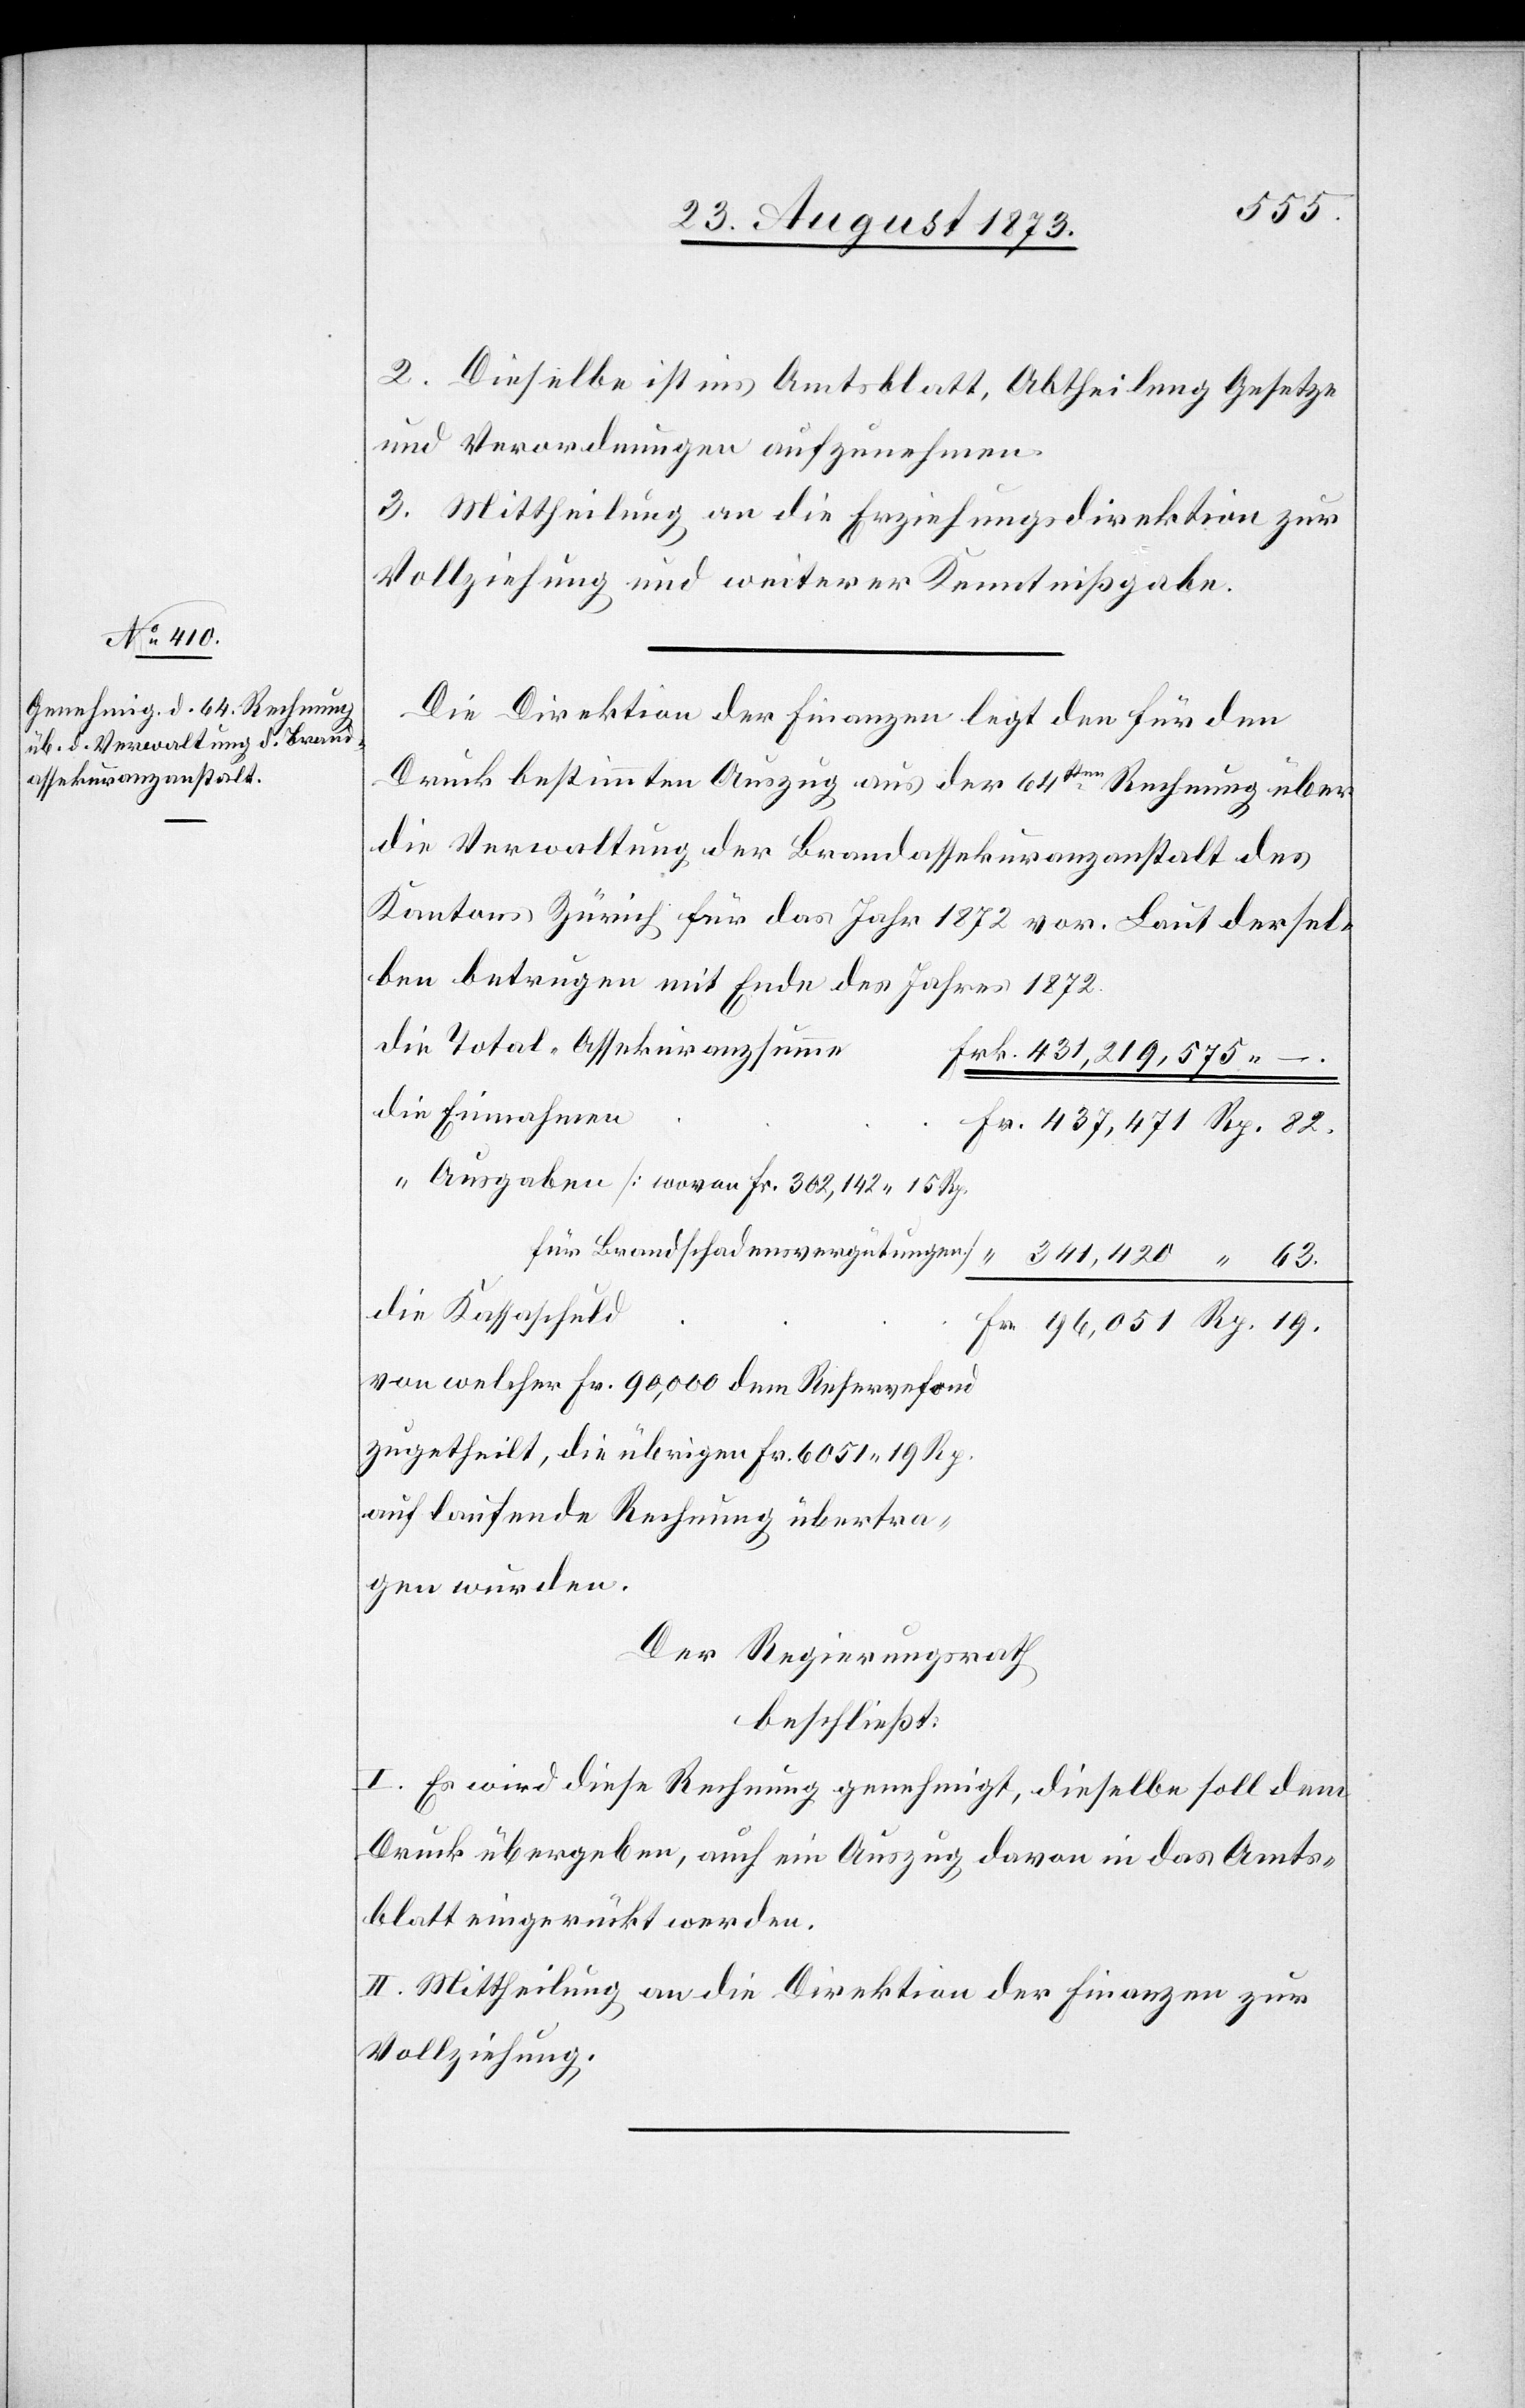
2. Dieselbe ist ins Amtsblatt, Abtheilung Gesetze
und Verordnungen aufzunehmen.
3. Mittheilung an die Erziehungsdirektion zur
Vollziehung und weiterer Kenntnißgabe.
Die Direktion der Finanzen legt den für den
Druck bestimmten Auszug aus der 64ten Rechnung über
die Verwaltung der Brandassekuranzanstalt des
Kantons Zürich für das Jahr 1872 vor. Laut dersel¬
ben betrugen mit Ende des Jahres 1872
die Total-Assekuranzsumme
431,219,575 –.
die Einnahmen
437,471 Rp. 82.
“ Ausgaben [wovon Fr. 302,142 15 Rp.
für Brandschadensvergütungen]
341,420 “ 63.
die Kassaschuld
96,051 Rp. 19.
von welcher Fr. 90,000 dem Reservefond
zugetheilt, die übrigen Fr. 6 051 19 Rp.
auf laufende Rechnung übertra¬
gen wurden.
Der Regierungsrath
beschließt:
I. Es wird diese Rechnung genehmigt, dieselbe soll dem
Druck übergeben, auch ein Auszug davon in das Amts¬
blatt eingerückt werden.
II. Mittheilung an die Direktion der Finanzen zur
Vollziehung.